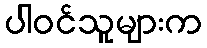
ပါဝင်သူများက